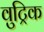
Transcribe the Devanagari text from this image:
वुट्रिक